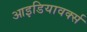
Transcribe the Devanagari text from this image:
आइडियावर्क्स